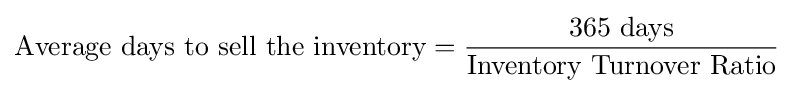
{\text{Average days to sell the inventory}}={\frac {\text{365 days}}{\text{Inventory Turnover Ratio}}}